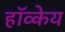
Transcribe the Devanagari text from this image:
हॉव्केय